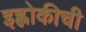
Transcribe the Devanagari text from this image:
इह्लोकीची